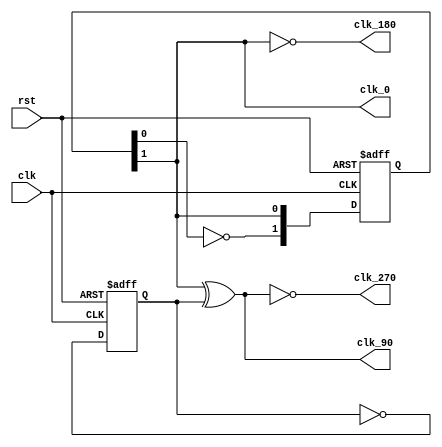
// This program was cloned from: https://github.com/ekb0412/100DaysofRTL
// License: Apache License 2.0

`timescale 1ns / 1ps

module clk_phase(
    input clk, rst,
    output clk_0, clk_90, clk_180, clk_270
    );
    reg [1:0] count;
    reg div_2;
    
    always @(posedge clk or posedge rst) 
    begin
        if(rst)
            count <= 0;
        else 
            count <= {~count[0], count[1]};
    end

    always @(posedge clk or posedge rst) 
    begin
        if (rst) 
            div_2 <= 0;
        else 
            div_2 = ~div_2;
    end

    assign clk_0 = count[1];
    assign clk_90 = count[1] ^ div_2;
    assign clk_180 = ~count[1];
    assign clk_270 = ~clk_90;

endmodule